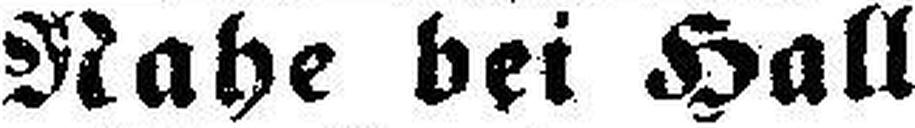
Nahe bei Hall